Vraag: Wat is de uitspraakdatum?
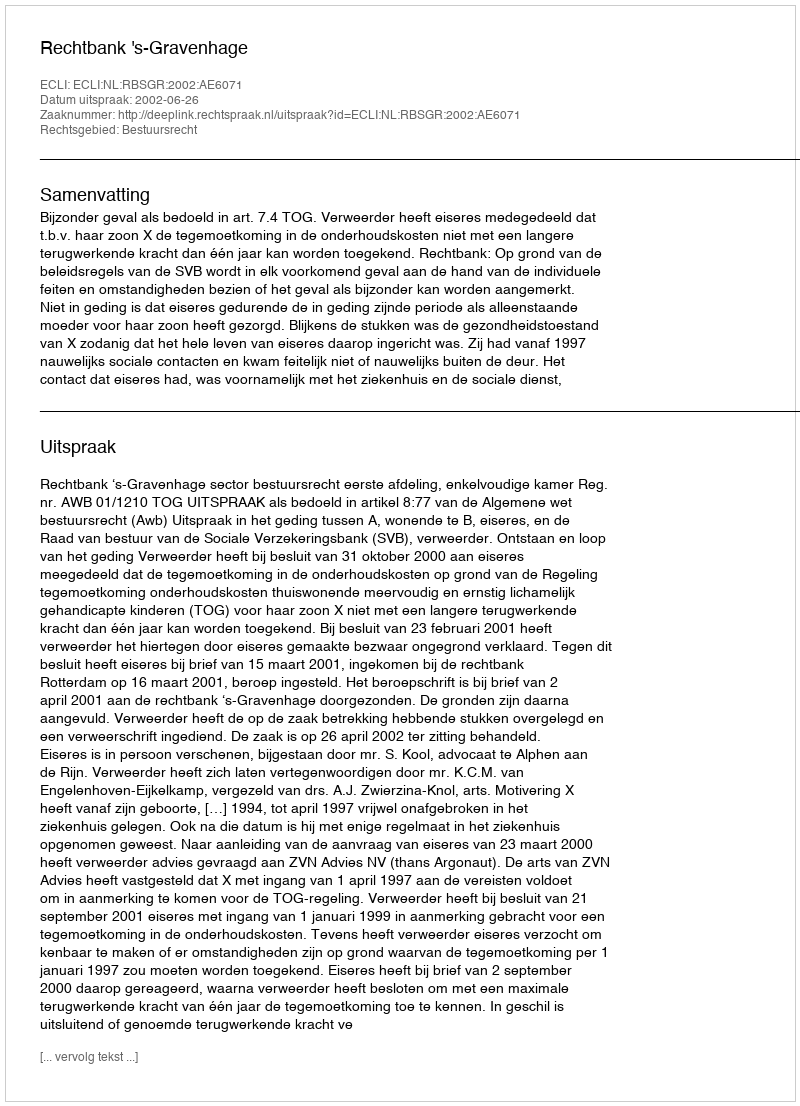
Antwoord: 2002-06-26